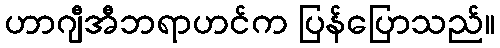
ဟာဂျီအီဘရာဟင်က ပြန်ပြောသည်။